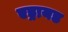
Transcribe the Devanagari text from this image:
एड्रायड